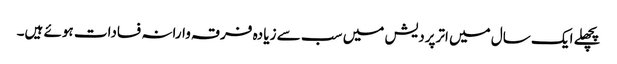
پچھلے ایک سال میں اترپردیش میں سب سے زیا دہ فرقہ وارانہ فسادات ہوئے ہیں۔